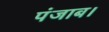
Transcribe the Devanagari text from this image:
पंजाब।